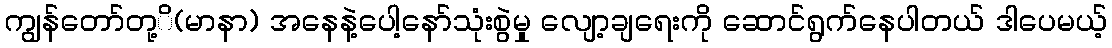
ကျွန်တော်တု့ိ(မာနာ) အနေနဲ့ပေါ့နော်သုံးစွဲမှု လျော့ချရေးကို ဆောင်ရွက်နေပါတယ် ဒါပေမယ့်